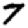
Digit: 7